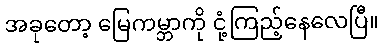
အခုတော့ မြေကမ္ဘာကို ငုံ့ကြည့်နေလေပြီ။